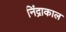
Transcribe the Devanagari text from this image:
निंद्राकाल